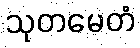
သုတမေတံ